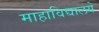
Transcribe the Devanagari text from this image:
माहाविद्यालये